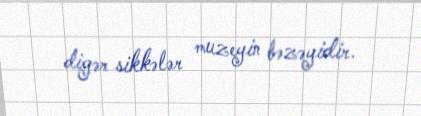
digər sikkələr muzeyin bəzəyidir.